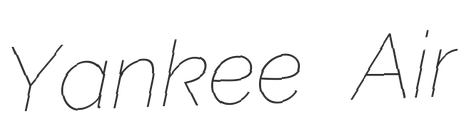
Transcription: Yankee Air